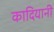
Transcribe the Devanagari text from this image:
कादियानी